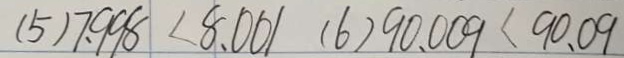
( 5 ) 7 . 9 9 8 < 8 . 0 0 1 ( 6 ) 9 0 . 0 0 9 < 9 0 . 0 9